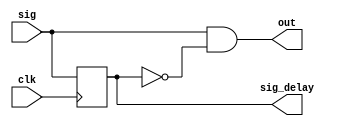
module Day3(sig,clk,out,sig_delay);
input sig;
input clk;
output out;
 output reg sig_delay;
always @(posedge clk)
begin
sig_delay <= sig;
end
assign out = sig & ~sig_delay;
endmodule